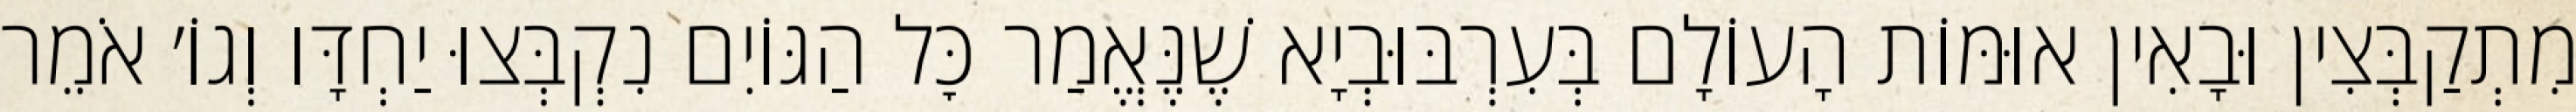
מִתְקַבְּצִין וּבָאִין אוּמּוֹת הָעוֹלָם בְּעִרְבּוּבְיָא שֶׁנֶּאֱמַר כׇּל הַגּוֹיִם נִקְבְּצוּ יַחְדָּו וְגוֹ׳ אֹמֵר